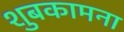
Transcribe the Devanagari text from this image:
शुबकामना